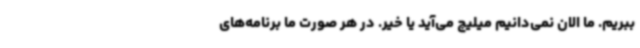
ببریم. ما الان نمی‌دانیم میلیچ می‌آید یا خیر. در هر صورت ما برنامه‌های